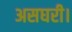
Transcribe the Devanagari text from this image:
असघरी।